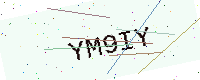
Text: YM9IY